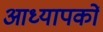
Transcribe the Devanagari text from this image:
आध्यापकों